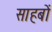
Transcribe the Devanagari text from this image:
साहबों